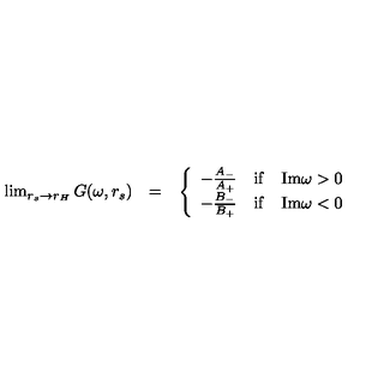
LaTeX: \begin{array} { l c l } { \lim _ { r _ { s } \rightarrow r _ { H } } G ( \omega , r _ { s } ) } & { = } & { \left\{ \begin{array} { l c l } { - \frac { A _ { - } } { A _ { + } } } & { \mathrm { i f } } & { \mathrm { I m } \omega > 0 } \\ { - \frac { B _ { - } } { B _ { + } } } & { \mathrm { i f } } & { \mathrm { I m } \omega < 0 } \\ \end{array} \right. } \\ \end{array}